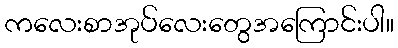
ကလေးစာအုပ်လေးတွေအကြောင်းပါ။